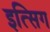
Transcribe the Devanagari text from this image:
इत्सिग